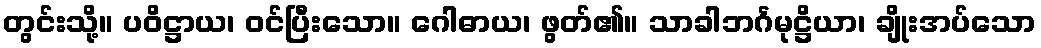
တွင်းသို့။ ပဝိဋ္ဌာယ၊ ဝင်ပြီးသော။ ဂေါဓာယ၊ ဖွတ်၏။ သာခါဘင်္ဂမုဋ္ဌိယာ၊ ချိုးအပ်သော